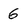
Character: 6